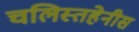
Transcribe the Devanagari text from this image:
चलिस्तहेनीस